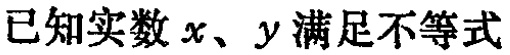
已知实数 \(x、y\) 满足不等式